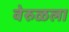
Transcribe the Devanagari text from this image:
वेरुळला